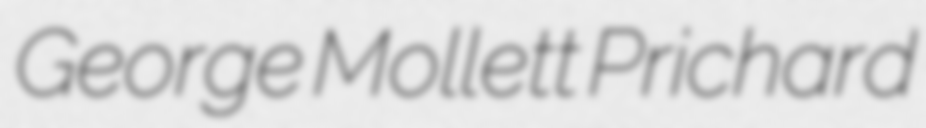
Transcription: George Mollett Prichard